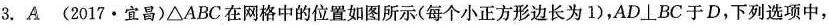
3.A(2017·宜昌)△ABC在网格中的位置如图所示(每个小正方形边长为1)，AD \bot BC于D，下列选项中，